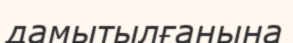
дамытылғанына